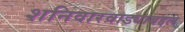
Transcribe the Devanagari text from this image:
शनिवारवाड्याबद्दल